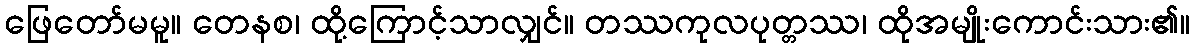
ဖြေတော်မမူ။ တေနစ၊ ထို့ကြောင့်သာလျှင်။ တဿကုလပုတ္တဿ၊ ထိုအမျိုးကောင်းသား၏။